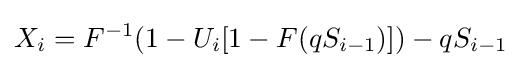
X_{i}=F^{-1}(1-U_{i}[1-F(qS_{i-1})])-qS_{i-1}